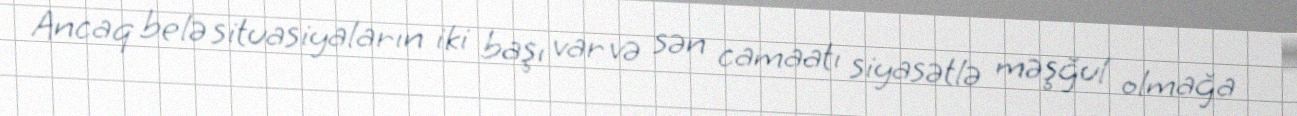
Ancaq belə situasiyaların iki başı var və sən camaatı siyasətlə məşğul olmağa